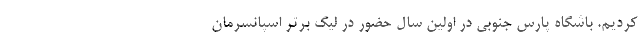
کردیم. باشگاه پارس جنوبی در اولین سال حضور در لیگ برتر اسپانسرمان